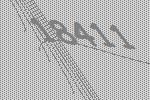
18411